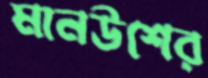
মানউশের